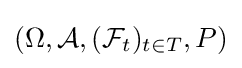
(\Omega ,{\mathcal {A}},({\mathcal {F}}_{t})_{t\in T},P)